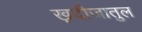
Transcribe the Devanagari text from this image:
ख़दीजातुल